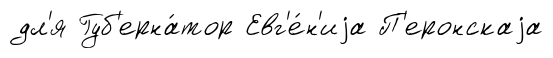
дл'я Губ'ерна́тор Евг'е́н'иjа П'еронскаjа